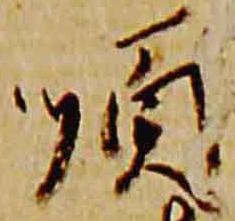
順